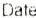
DATE